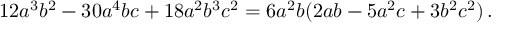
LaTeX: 1 2 a ^ { 3 } b ^ { 2 } - 3 0 a ^ { 4 } b c + 1 8 a ^ { 2 } b ^ { 3 } c ^ { 2 } = 6 a ^ { 2 } b ( 2 a b - 5 a ^ { 2 } c + 3 b ^ { 2 } c ^ { 2 } ) \, .